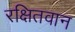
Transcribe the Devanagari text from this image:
रक्षितवान